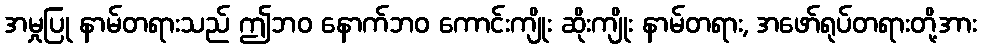
အမှုပြု နာမ်တရားသည် ဤဘဝ နောက်ဘဝ ကောင်းကျိုး ဆိုးကျိုး နာမ်တရား, အဖော်ရုပ်တရားတို့အား